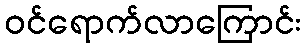
ဝင်ရောက်လာကြောင်း